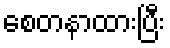
စေတနာထားပြီး